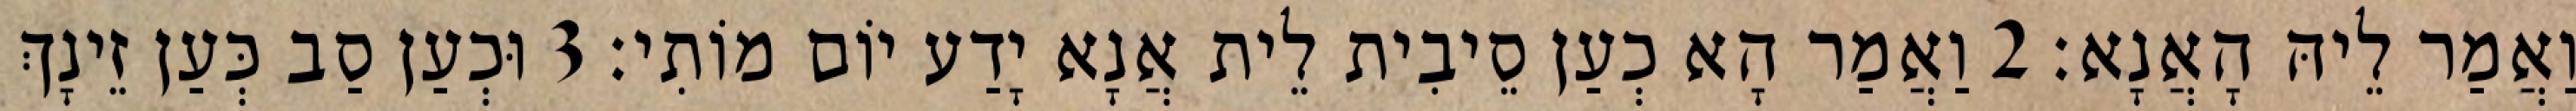
וַאֲמַר לֵיהּ הָאֲנָא׃ 2 וַאֲמַר הָא כְעַן סֵיבִית לֵית אֲנָא יָדַע יוֹם מוֹתִי׃ 3 וּכְעַן סַב כְּעַן זֵינָךְ